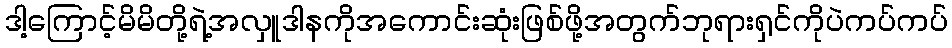
ဒါ့ကြောင့်မိမိတို့ရဲ့အလှူဒါနကိုအကောင်းဆုံးဖြစ်ဖို့အတွက်ဘုရားရှင်ကိုပဲကပ်ကပ်